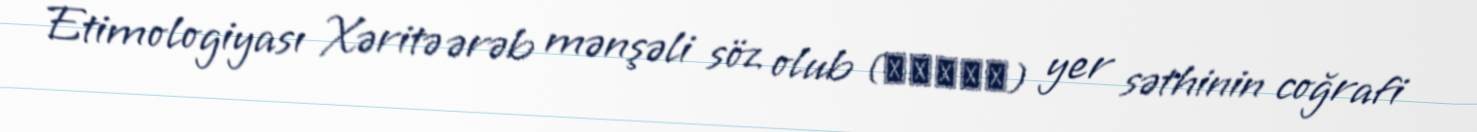
Etimologiyası Xəritə ərəb mənşəli söz olub (خريطة) yer səthinin coğrafi